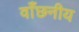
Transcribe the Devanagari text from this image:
वाँछनीय